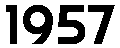
1957